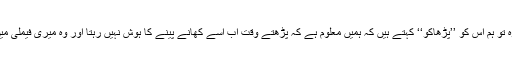
جہاں تک اس کی پڑھائی کا معاملہ ہے کہ وہ تو ہم اس کو ’’پڑھاکو‘‘ کہتے ہیں کہ ہمیں معلوم ہے کہ پڑھتے وقت اب اسے کھانے پینے کا ہوش نہیں رہتا اور وہ میری فیملی میں سب سے زیادہ ذہین اور قابل بچہ نکلا ہے۔